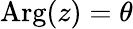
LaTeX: \mathrm{Arg}(z)=\theta